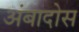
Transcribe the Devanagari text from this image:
अंबादोस